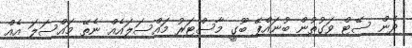
ދެން ސޭޓް ވަގުތުން ބުނައްޕޭ ބޫގީ މާސްޓަރު މައްސަލައެއް ނެތޭ މައްސަލަ އެއް